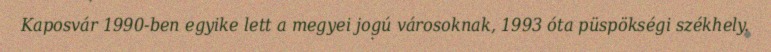
Kaposvár 1990-ben egyike lett a megyei jogú városoknak, 1993 óta püspökségi székhely.